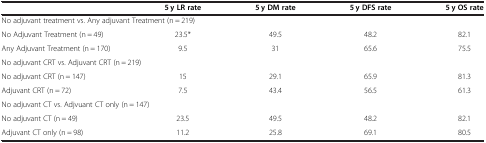
<table><thead><tr><td><b> </b></td><td><b>5 y LR rate</b></td><td><b>5 y DM rate</b></td><td><b>5 y DFS rate</b></td><td><b>5 y OS rate</b></td></tr></thead><tbody><tr><td colspan="5">No adjuvant treatment vs. Any adjuvant Treatment (n = 219)</td></tr><tr><td>No Adjuvant Treatment (n = 49)</td><td>23.5*</td><td>49.5</td><td>48.2</td><td>82.1</td></tr><tr><td>Any Adjuvant Treatment (n = 170)</td><td>9.5</td><td>31</td><td>65.6</td><td>75.5</td></tr><tr><td colspan="5">No adjuvant CRT vs. Adjuvant CRT (n = 219)</td></tr><tr><td>No adjuvant CRT (n = 147)</td><td>15</td><td>29.1</td><td>65.9</td><td>81.3</td></tr><tr><td>Adjuvant CRT (n = 72)</td><td>7.5</td><td>43.4</td><td>56.5</td><td>61.3</td></tr><tr><td colspan="5">No adjuvant CT vs. Adjvuant CT only (n = 147)</td></tr><tr><td>No adjuvant CT (n = 49)</td><td>23.5</td><td>49.5</td><td>48.2</td><td>82.1</td></tr><tr><td>Adjuvant CT only (n = 98)</td><td>11.2</td><td>25.8</td><td>69.1</td><td>80.5</td></tr></tbody></table>